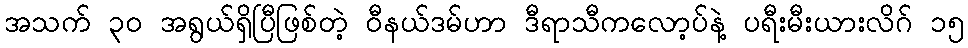
အသက် ၃၀ အရွယ်ရှိပြီဖြစ်တဲ့ ဝီနယ်ဒမ်ဟာ ဒီရာသီကလော့ပ်နဲ့ ပရီးမီးယားလိဂ် ၁၅